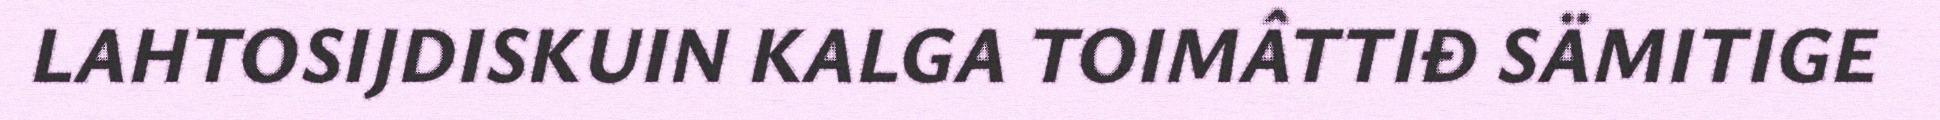
LAHTOSIJDISKUIN KALGA TOIMÂTTIĐ SÄMITIGE